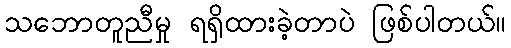
သဘောတူညီမှု ရရှိထားခဲ့တာပဲ ဖြစ်ပါတယ်။